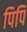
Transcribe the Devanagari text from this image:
पिपि